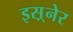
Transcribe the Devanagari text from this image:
इस़्नेर